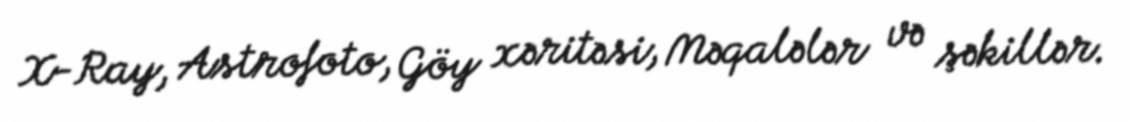
X-Ray, Astrofoto, Göy xəritəsi, Məqalələr və şəkillər.